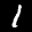
Label: 1